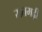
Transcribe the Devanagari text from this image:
सतमढ़ी